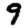
Digit: 9